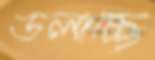
ডলাচ্ছে